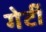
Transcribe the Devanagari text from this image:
गेर्टी